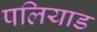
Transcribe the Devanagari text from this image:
पलियाड